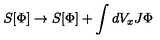
S [ \Phi ] \rightarrow S [ \Phi ] + \int d V _ { x } J \Phi